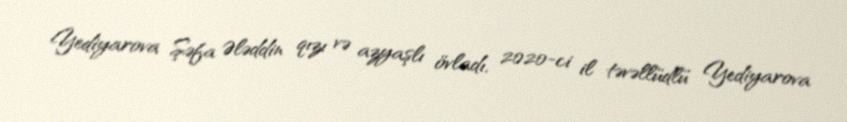
Yediyarova Şəfa Ələddin qızı və azyaşlı övladı, 2020-ci il təvəllüdlü Yediyarova